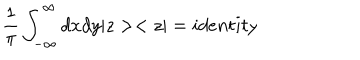
\frac { 1 } { \pi } \int _ { - \infty } ^ { \infty } d x d y | z > < z | = i d e n t i t y